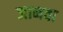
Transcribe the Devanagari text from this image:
जानवा